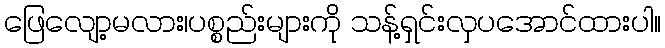
ဖြေလျော့မလား၊ပစ္စည်းများကို သန့်ရှင်းလှပအောင်ထားပါ။